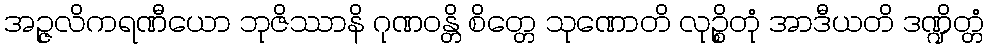
အဉ္ဇလိကရဏီယော ဘုဇိဿာနိ ဂုဏဝန္တိ စိတ္တေ သုဏောတိ လုဉ္စိတုံ အာဒီယတိ ဒဏ္ဍိတ္တံ